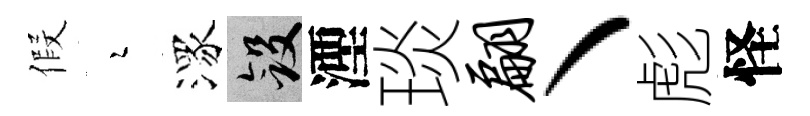
假瑟潈斂湮琰翩丶彪怪